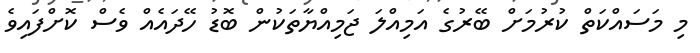
މި މަސައްކަތް ކުރުމަށް ބޭރުގެ އަމިއްލަ ޖަމިއްޔާތަކުން ބޮޑު ހޭދައެއް ވެސް ކޮށްފައިވެ